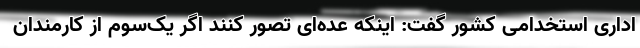
اداری استخدامی کشور گفت: اینکه عده‌ای تصور کنند اگر یک‌سوم از کارمندان